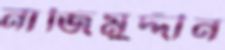
নাজিমুদ্দীন